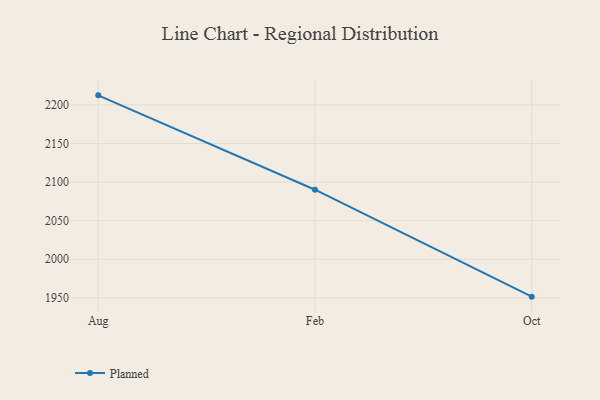
{"axis": {"x": "Month", "y": "Churn Rate (%)"}, "legend": ["Planned"], "data": [{"x": "Aug", "y": 2212.3, "type": "Planned"}, {"x": "Feb", "y": 2090.1, "type": "Planned"}, {"x": "Oct", "y": 1951.6, "type": "Planned"}]}